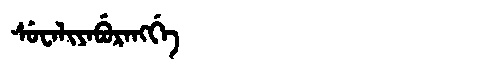
Manchu: ᠰᡠᠸᠠᠯᡳᠶᠠᠪᡠᡵᠠᠩᡤᡝ
Romanization: SUWALIYABURANGGE